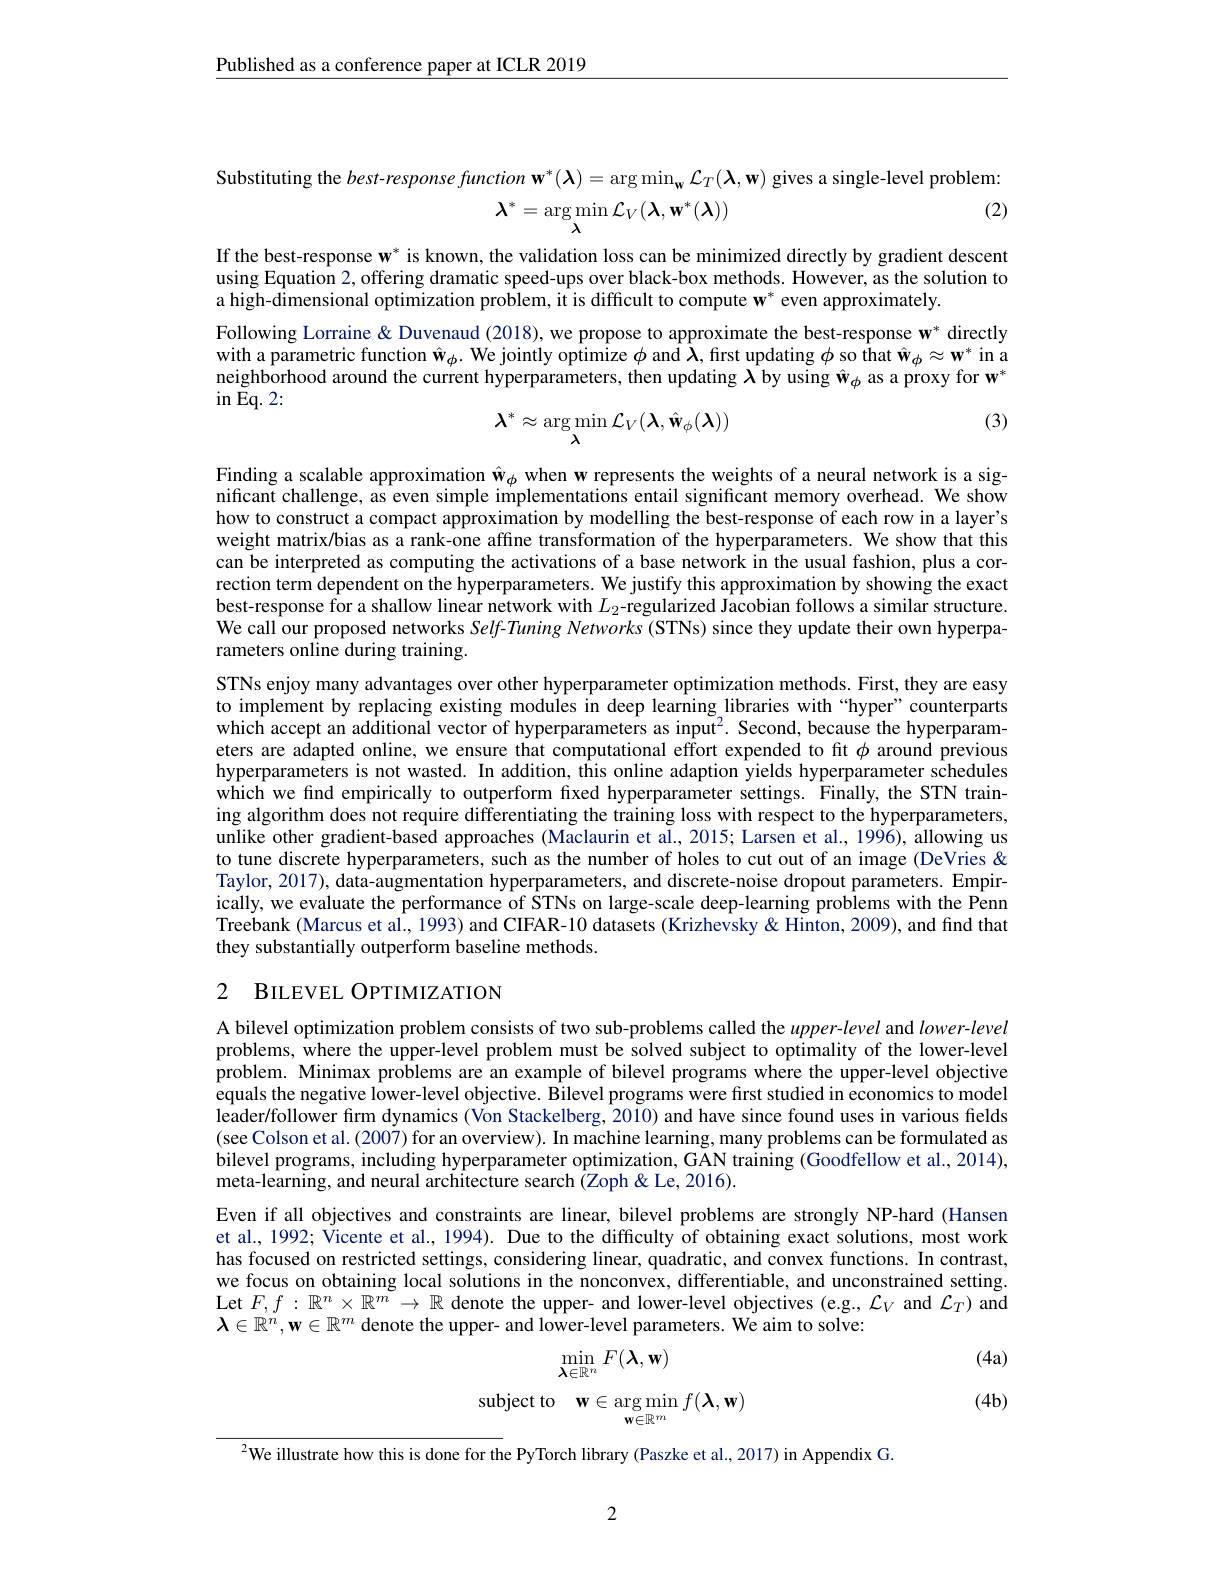
$\underline{\text{Published as a conference paper at ICLR 2019}}$

Substituting the $best-responsefunction\mathbf{w}^*(\boldsymbol{\lambda})=\arg\min_{\mathbf{w}}\mathcal{L}_T(\boldsymbol{\lambda},\mathbf{w})$ gives a single-level problem
$$\boldsymbol{\lambda}^{*}=\underset{\lambda}{\arg\min}\mathcal{L}_{V}(\boldsymbol{\lambda},\mathbf{w}^{*}(\boldsymbol{\lambda}))$$
(2)

If the best-response $\mathbf{w}^*$ is known, the validation loss can be minimized directly by gradient descent using Equation 2, offering dramatic speed-ups over black-box methods. However, as the solution to a high-dimensional optimization problem, it is difficult to compute w' even approximately.
Following Lorraine & Duvenaud (2018), we propose to approximate the best-response $\mathbf{w}^*$ directly with a parametric function $\hat{\mathbf{w}}_\phi.$ We jointly optimize $\phi$ and $\lambda$, first updating $\phi$ so that $\hat{\mathbf{w}}_\phi\approx\mathbf{w}^*$ in a neighborhood around the current hyperparameters, then updating $\lambda$by using $\hat{\mathbf{w} } _\phi$ as a proxy for $\mathbf{w}^*$ $\sin$Eq.2:
(3)
$$\lambda^{*}\approx\underset{\lambda}{\operatorname*{\arg\min}}\mathcal{L}_{V}(\boldsymbol{\lambda},\hat{\mathbf{w}}_{\phi}(\boldsymbol{\lambda}))$$
Finding a scalable approximation $\hat{\mathbf{w}}_\phi$ when w represents the weights of a neural network is a significant challenge, as even simple implementations entail significant memory overhead. We show how to construct a compact approximation by modelling the best-response of each row in a layer's weight matrix/bias as a rank-one affine transformation of the hyperparameters. We show that this can be interpreted as computing the activations of a base network in the usual fashion, plus a correction term dependent on the hyperparameters. We justify this approximation by showing the exact best-response for a shallow linear network with $L_2$-regularized Jacobian follows a similar structure. We call our proposed networks Self-Tuning Networks (STNs) since they update their own hyperparameters online during training.
STNs enjoy many advantages over other hyperparameter optimization methods. First, they are easy to implement by replacing existing modules in deep learning libraries with “hyper”counterparts which accept an additional vector of hyperparameters as input? Second, because the hyperparameters are adapted online, we ensure that computational effort expended to fit $\phi$ around previous hyperparameters is not wasted. In addition, this online adaption yields hyperparameter schedules which we find empirically to outperform fixed hyperparameter settings. Finally, the STN training algorithm does not require differentiating the training loss with respect to the hyperparameters, unlike other gradient-based approaches (Maclaurin et al., 2015; Larsen et al., 1996), allowing us to tune discrete hyperparameters, such as the number of holes to cut out of an image (DeVries & Taylor, 2017), data-augmentation hyperparameters, and discrete-noise dropout parameters. Empirically, we evaluate the performance of STNs on large-scale deep-learning problems with the Penn Treebank (Marcus et al., 1993) and CIFAR-10 datasets (Krizhevsky & Hinton, 2009), and find that they substantially outperform baseline methods.

## 2 BILEVEL OPTIMIZATION

A bilevel optimization problem consists of two sub-problems called the $upper-level$ and $lower-level$ problems, where the upper-level problem must be solved subject to optimality of the lower-level problem. Minimax problems are an example of bilevel programs where the upper-level objective equals the negative lower-level objective. Bilevel programs were first studied in economics to model leader/follower firm dynamics (Von Stackelberg, 2010) and have since found uses in various fields (see Colson et al. (2007) for an overview). In machine learning, many problems can be formulated as bilevel programs, including hyperparameter optimization, GAN training (Goodfellow et al., 2014), meta-learning, and neural architecture search (Zoph &Le, 2016).
Even if all objectives and constraints are linear, bilevel problems are strongly NP-hard (Hansen et al., 1992; Vicente et al., 1994). Due to the difficulty of obtaining exact solutions, most work has focused on restricted settings, considering linear, quadratic, and convex functions. In contrast, we focus on obtaining local solutions in the nonconvex, differentiable, and unconstrained setting. Let $F, f: \mathbb{R} ^n\times \mathbb{R} ^m\to \mathbb{R}$ denote the upper- and lower-level objectives (e.g., $\mathcal{L}_V$ and $\mathcal{L}_T)$ and $\boldsymbol{\lambda}\in\mathbb{R}^n,\mathbf{w}\in\mathbb{R}^m$ denote the upper- and lower-level parameters. We aim to solve:

(4a)
$$\operatorname*{min}_{\boldsymbol{\lambda}\in\mathbb{R}^{n}}F(\boldsymbol{\lambda},\mathbf{w})\\\mathrm{subject~to}\quad\mathbf{w}\in\operatorname*{arg}_{\mathbf{w}\in\mathbb{R}^{m}}f(\boldsymbol{\lambda},\mathbf{w})$$
(4b)

$^{2}$We illustrate how this is done for the PyTorch library (Paszke et al., 2017) in Appendix G.

2